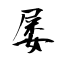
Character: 屡